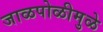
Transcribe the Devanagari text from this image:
जाळपोळीमुळे